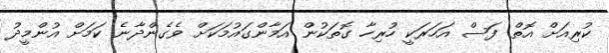
ކުރިއަށް އޮތް ފަސް އަހަރަކީ ހުރިހާ ގޮތަކުން އަމާންގައުމަކަށް ވެގެންދާނެ ކަމަށް އުންމީދު